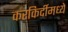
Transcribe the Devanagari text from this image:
करकिर्दीमध्ये